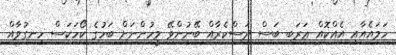
ހަމައެއާއި އެއްކޮއް ޢަރަބި ބަސް ދަސްކެރާއް ބޭނުންވޭ މީހުންނަށް ބަހުގެ ކޯހަކަސް ހިނގުވާއް